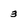
Character: 3